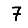
Digit: 7